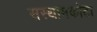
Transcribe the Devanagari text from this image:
सस्थामकोटा